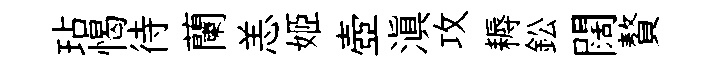
玷愒待蘭恙姬壺滇攻耨鈆闊贅